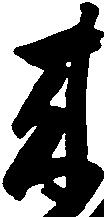
来